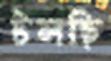
টলছি